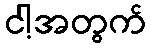
ငါ့အတွက်